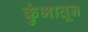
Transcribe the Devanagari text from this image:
कुंभातून